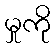
မှုကို